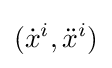
({\dot {x}}^{i},{\ddot {x}}^{i})